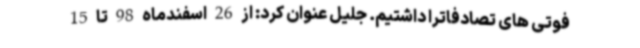
فوتی های تصادفاترا داشتیم. جلیل عنوان کرد: از 26 اسفندماه 98 تا 15